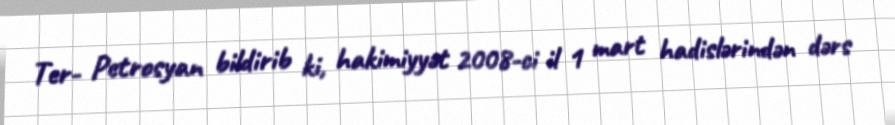
Ter- Petrosyan bildirib ki, hakimiyyət 2008-ci il 1 mart hadislərindən dərs